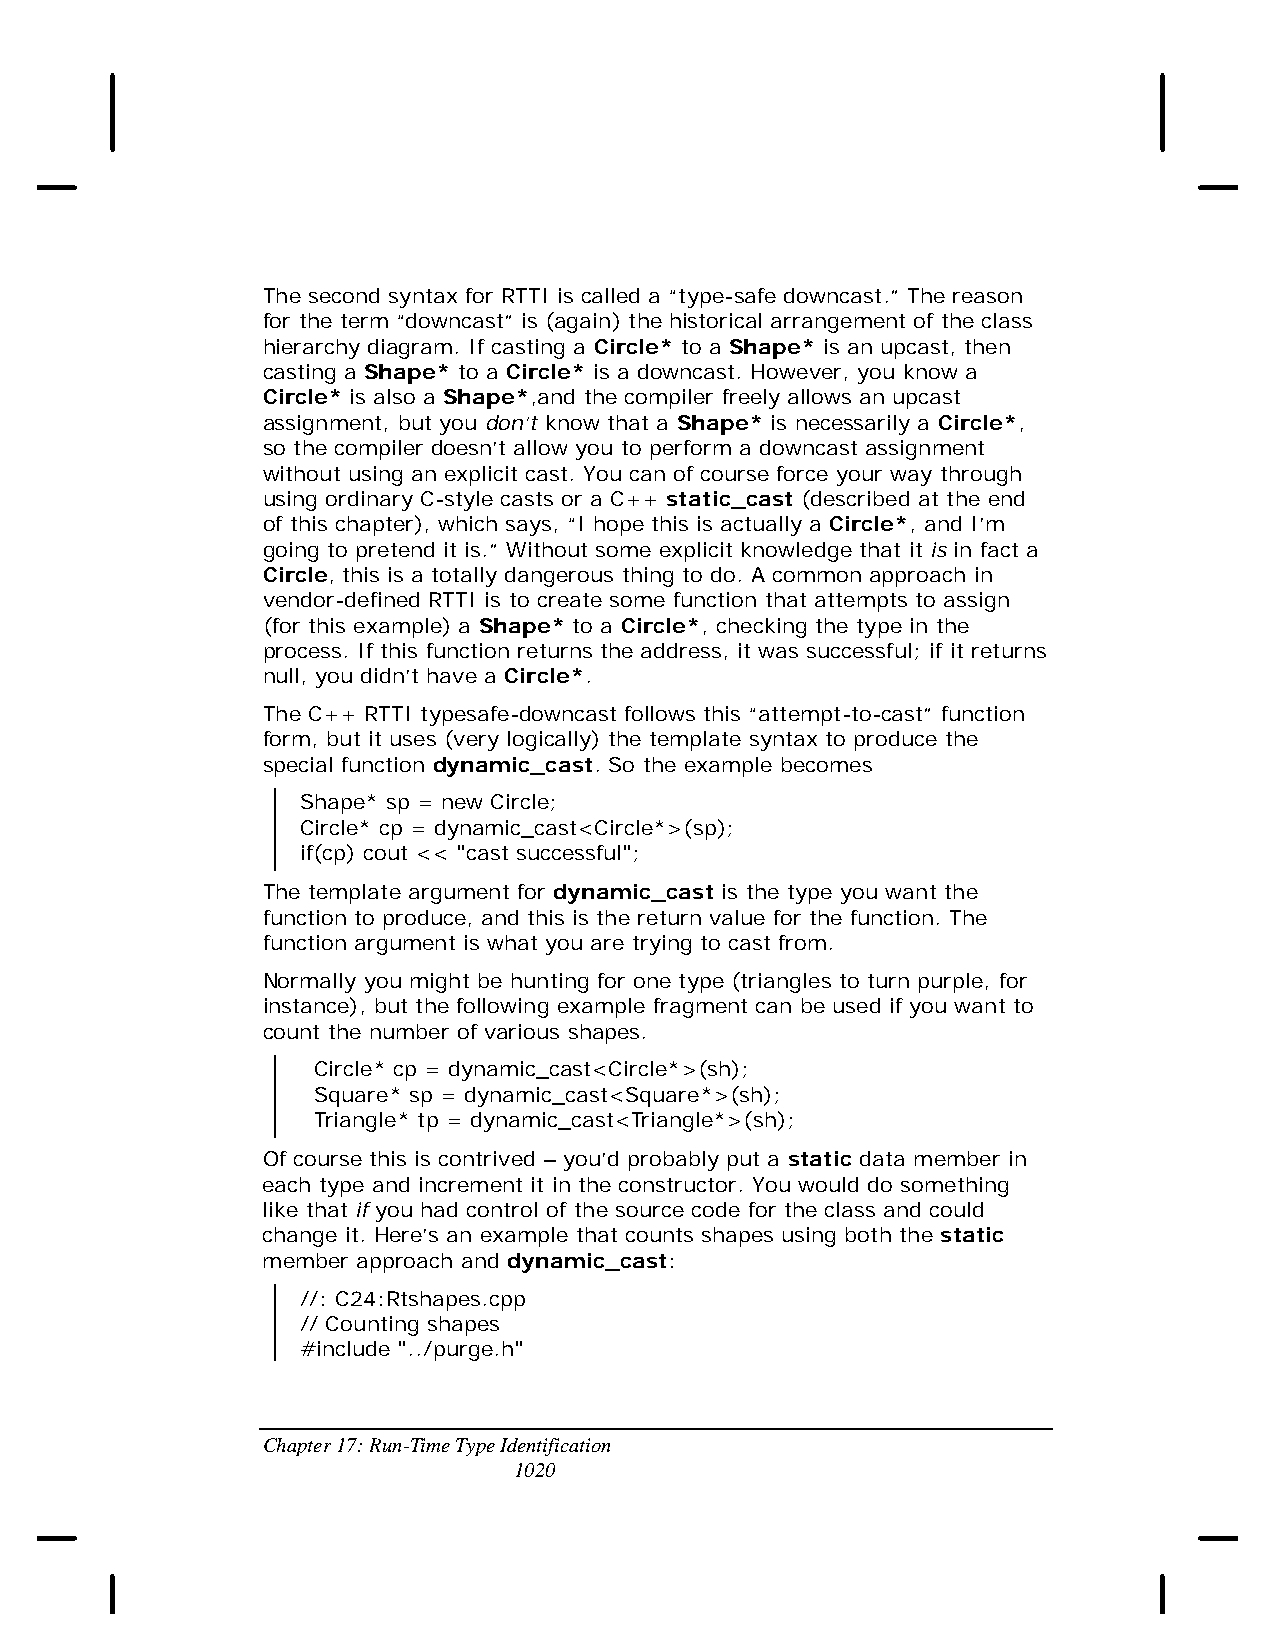
The second syntax for RTTI is called a “type-safe downcast.” The reason
 for the term “downcast” is (again) the historical arrangement of the class
 hierarchy diagram. If casting a Circle* to a Shape* is an upcast, then
 casting a Shape* to a Circle* is a downcast. However, you know a
 Circle* is also a Shape*,and the compiler freely allows an upcast
 assignment, but you don’t know that a Shape* is necessarily a Circle*,
 so the compiler doesn’t allow you to perform a downcast assignment
 without using an explicit cast. You can of course force your way through
 using ordinary C-style casts or a C++ static_cast (described at the end
 of this chapter), which says, “I hope this is actually a Circle*, and I’m
 going to pretend it is.” Without some explicit knowledge that it is in fact a
 Circle, this is a totally dangerous thing to do. A common approach in
 vendor-defined RTTI is to create some function that attempts to assign
 (for this example) a Shape* to a Circle*, checking the type in the
 process. If this function returns the address, it was successful; if it returns
 null, you didn’t have a Circle*.
 The C++ RTTI typesafe-downcast follows this “attempt-to-cast” function
 form, but it uses (very logically) the template syntax to produce the
 special function dynamic_cast. So the example becomes
 Shape* sp = new Circle;
 Circle* cp = dynamic_cast<Circle*>(sp);
 if(cp) cout << "cast successful";
 The template argument for dynamic_cast is the type you want the
 function to produce, and this is the return value for the function. The
 function argument is what you are trying to cast from.
 Normally you might be hunting for one type (triangles to turn purple, for
 instance), but the following example fragment can be used if you want to
 count the number of various shapes.
 Circle* cp = dynamic_cast<Circle*>(sh);
 Square* sp = dynamic_cast<Square*>(sh);
 Triangle* tp = dynamic_cast<Triangle*>(sh);
 Of course this is contrived – you’d probably put a static data member in
 each type and increment it in the constructor. You would do something
 like that if you had control of the source code for the class and could
 change it. Here’s an example that counts shapes using both the static
 member approach and dynamic_cast:
 //: C24:Rtshapes.cpp
 // Counting shapes
 #include "../purge.h"
 Chapter 17: Run-Time Type Identification
 1020